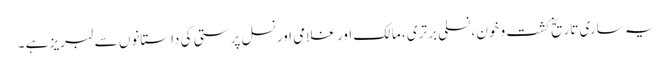
یہ ساری تاریخ کشت و خون ، نسلی برتری ، مالک اور غلامی اور نسل پرستی کی داستانوں سے لبریز ہے ۔